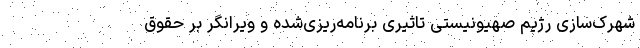
شهرک‌سازی رژیم صهیونیستی تاثیری برنامه‌ریزی‌شده و ویرانگر بر حقوق